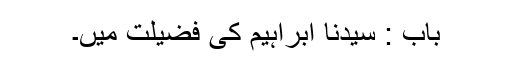
باب : سیدنا ابراہیمؑ کی فضیلت میں۔